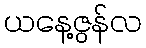
ယနေ့ဇွန်လ